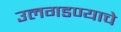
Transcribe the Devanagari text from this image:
उलगडण्याचे